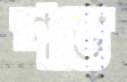
শাড